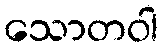
သောတဝါ